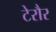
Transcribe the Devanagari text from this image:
टेरौर